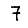
Digit: 7